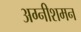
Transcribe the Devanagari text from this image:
अग्नीशमन